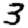
Digit: 3